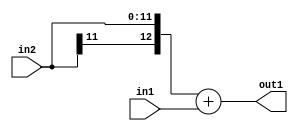
`timescale 1ps / 1ps
/*****************************************************************************
    Verilog RTL Description
    
    
    Created by: Stratus DpOpt 2019.1.01 
*******************************************************************************/

module SobelFilter_Add_12Sx9U_13S_4 (
	in2,
	in1,
	out1
	); /* architecture "behavioural" */ 
input [11:0] in2;
input [8:0] in1;
output [12:0] out1;
wire [12:0] asc001;

assign asc001 = 
	+({in2[11], in2})
	+(in1);

assign out1 = asc001;
endmodule

/* CADENCE  ubLzSAw= : u9/ySgnWtBlWxVPRXgAZ4Og= ** DO NOT EDIT THIS LINE ******/